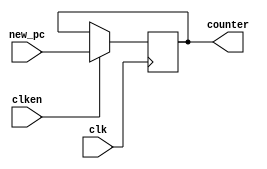
module pc(clken,clk,new_pc,counter);
    input clken;
    input clk;
    input [31:0] new_pc;
    output reg [31:0] counter = 32'b0;

    always @ (posedge clk)
        if (clken)
            counter <= new_pc;
endmodule